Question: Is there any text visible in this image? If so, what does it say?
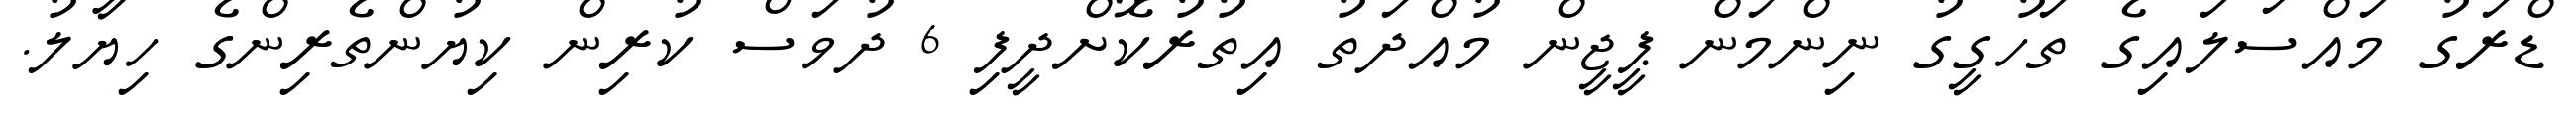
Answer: ޑްރަގު މައްސަލައިގެ ތަހުގީގު ނިންމަން ޕީޖީން މުއްދަތު އިތުރުކޮށްދީފި 6 ދުވަސް ކުރިން ކިޔުންތެރިންގެ ހިޔާލު.